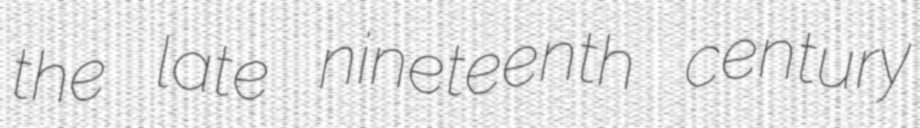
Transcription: the late nineteenth century